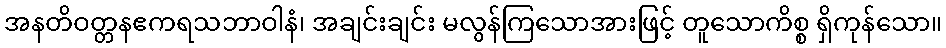
အနတိဝတ္တနဧကရသဘာဝါနံ၊ အချင်းချင်း မလွန်ကြသောအားဖြင့် တူသောကိစ္စ ရှိကုန်သော။